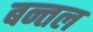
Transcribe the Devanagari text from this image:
बन्तल